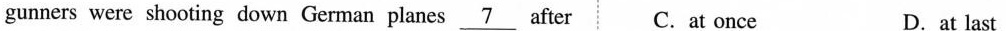
gunners were shooting down German planes \underline{7} after C. at once D. at last